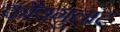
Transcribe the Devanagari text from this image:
कौयगुलांट